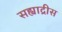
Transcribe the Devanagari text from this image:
सह्याद्रीस